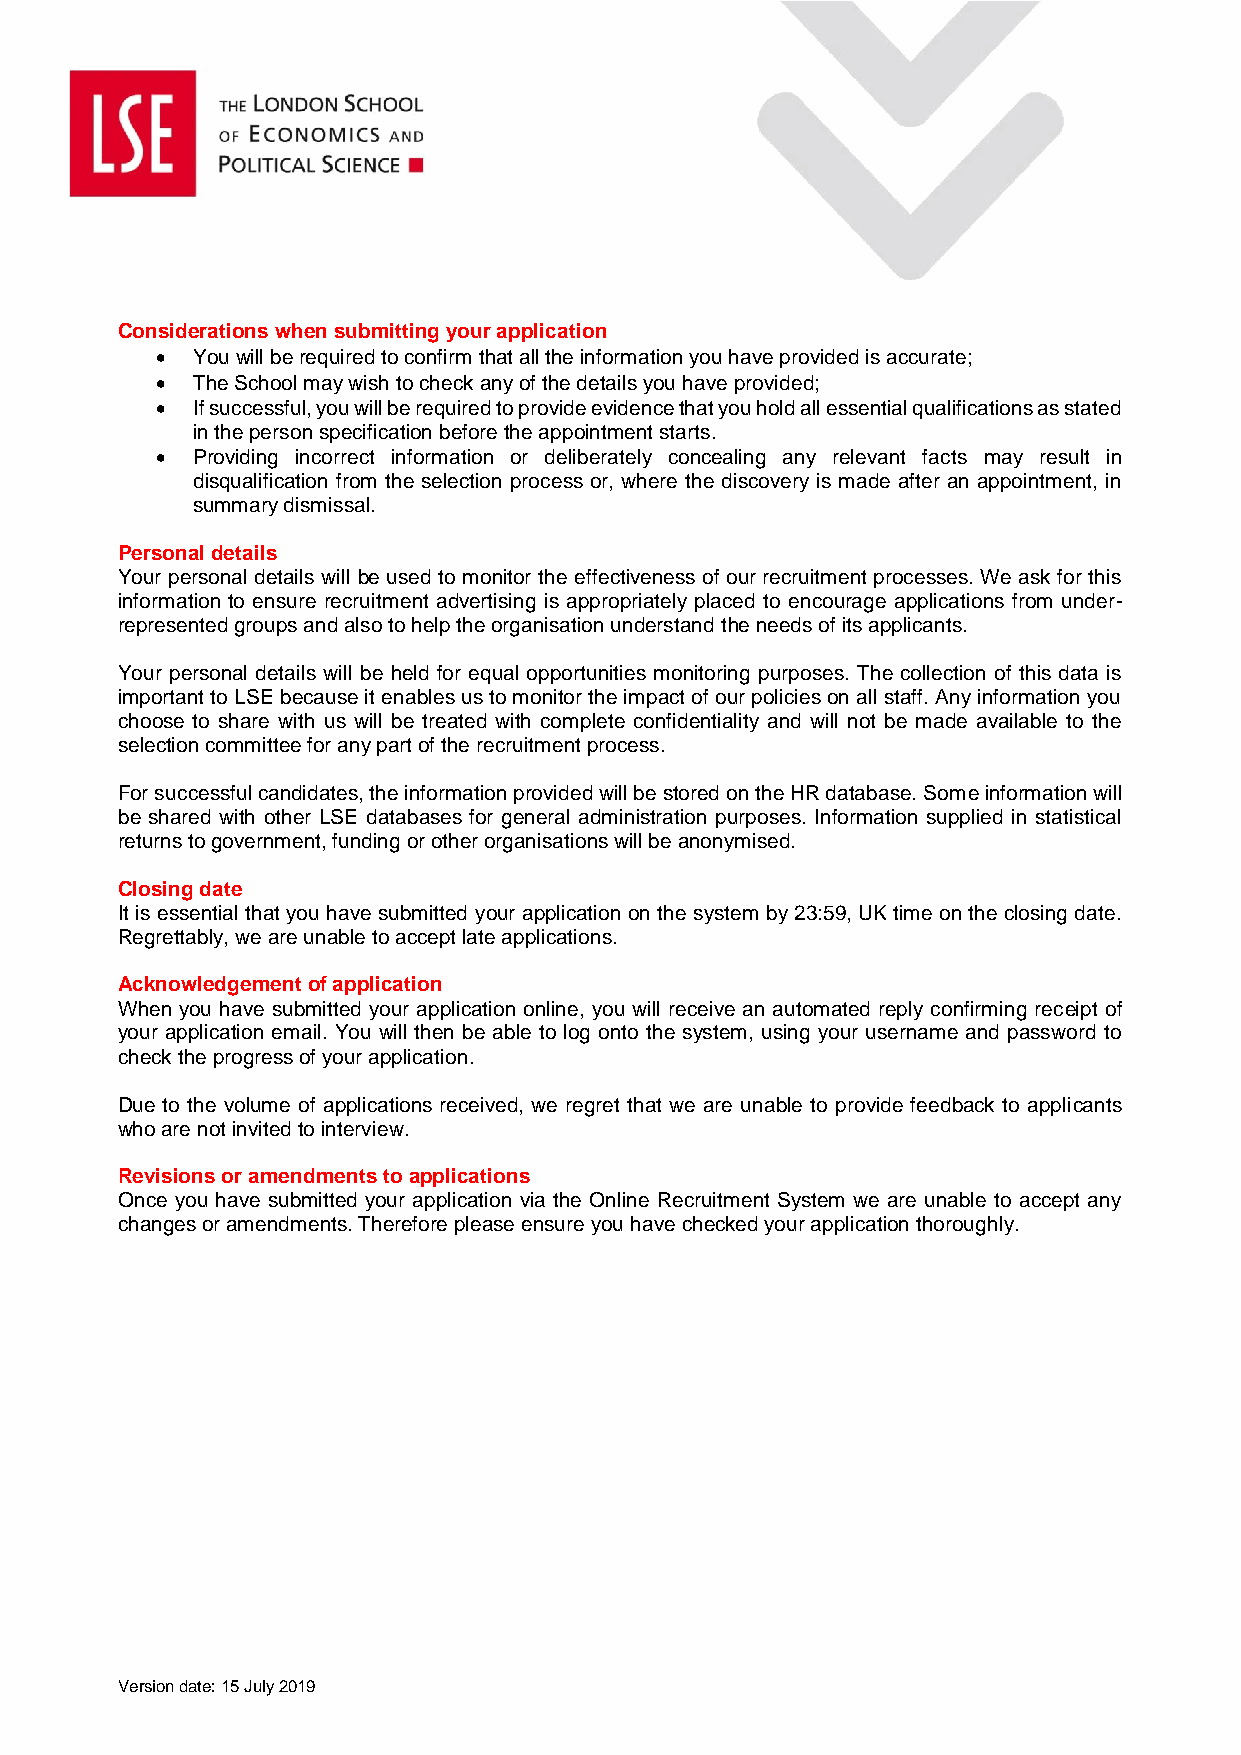
Considerations when submitting your application
   You will be required to confirm that all the information you have provided is accurate;
   The School may wish to check any of the details you have provided;
   If successful, you will be required to provide evidence that you hold all essential qualifications as stated
 in the person specification before the appointment starts.
   Providing incorrect information or deliberately concealing any relevant facts may result in
 disqualification from the selection process or, where the discovery is made after an appointment, in
 summary dismissal.
 Personal details
 Your personal details will be used to monitor the effectiveness of our recruitment processes. We ask for this
 information to ensure recruitment advertising is appropriately placed to encourage applications from under-
 represented groups and also to help the organisation understand the needs of its applicants.
 Your personal details will be held for equal opportunities monitoring purposes. The collection of this data is
 important to LSE because it enables us to monitor the impact of our policies on all staff. Any information you
 choose to share with us will be treated with complete confidentiality and will not be made available to the
 selection committee for any part of the recruitment process.
 For successful candidates, the information provided will be stored on the HR database. Some information will
 be shared with other LSE databases for general administration purposes. Information supplied in statistical
 returns to government, funding or other organisations will be anonymised.
 Closing date
 It is essential that you have submitted your application on the system by 23:59, UK time on the closing date.
 Regrettably, we are unable to accept late applications.
 Acknowledgement of application
 When you have submitted your application online, you will receive an automated reply confirming receipt of
 your application email. You will then be able to log onto the system, using your username and password to
 check the progress of your application.
 Due to the volume of applications received, we regret that we are unable to provide feedback to applicants
 who are not invited to interview.
 Revisions or amendments to applications
 Once you have submitted your application via the Online Recruitment System we are unable to accept any
 changes or amendments. Therefore please ensure you have checked your application thoroughly.
 Version date: 15 July 2019